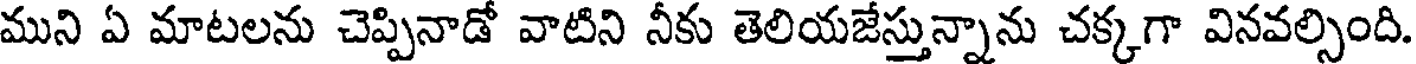
ముని ఏ మాటలను చెప్పినాడో వాటిని నీకు తెలియజేస్తున్నాను చక్కగా వినవల్సింది